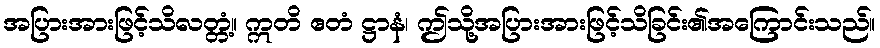
အပြားအားဖြင့်သိလတ္တံ့။ ဣတိ ဧတံ ဋ္ဌာနံ၊ ဤသို့အပြားအားဖြင့်သိခြင်း၏အကြောင်းသည်။